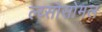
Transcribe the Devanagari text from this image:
ल्य्सोसोमल